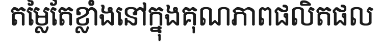
តម្លៃតែខ្លាំងនៅក្នុងគុណភាពផលិតផល